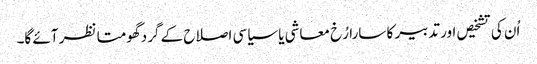
اُن کی تشخیص اور تدبیر کا سارا رُخ معاشی یا سیاسی اصلاح کے گرد گھومتا نظر آئے گا۔